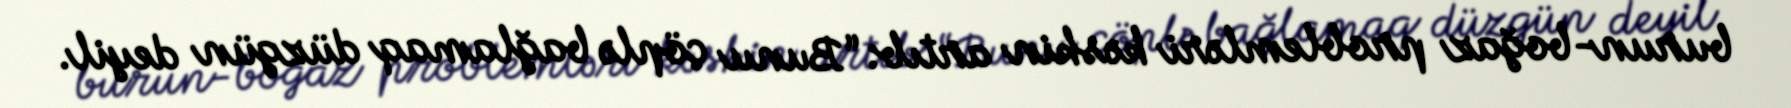
burun-boğaz problemləri kəskin artıb: “Bunu çöplə bağlamaq düzgün deyil.